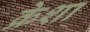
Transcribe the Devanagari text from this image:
क्रेशा